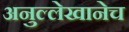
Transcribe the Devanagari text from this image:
अनुल्लेखानेच